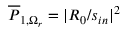
\overline { { P } } _ { 1 , \Omega _ { r } } = | R _ { 0 } / s _ { i n } | ^ { 2 }